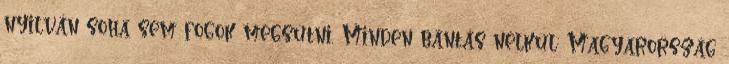
nyilván soha sem fogok megsütni. Minden bántás nélkül: Magyarország